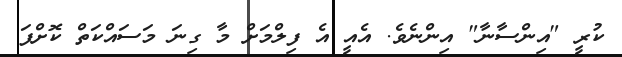
ކުރީ "އިންސާނާ" އިންނެވެ. އެއީ އެ ފިލްމަށް މާ ގިނަ މަސައްކަތް ކޮށްފަ